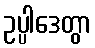
ဥပ္ပါဒေတွာ